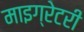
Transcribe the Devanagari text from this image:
माइग्रेटरी